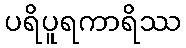
ပရိပူရကာရိဿ